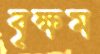
বৃক্ষম